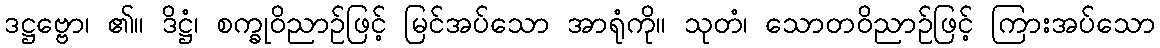
ဒဋ္ဌဗ္ဗော၊ ၏။ ဒိဋ္ဌံ၊ စက္ခုဝိညာဉ်ဖြင့် မြင်အပ်သော အာရုံကို။ သုတံ၊ သောတဝိညာဉ်ဖြင့် ကြားအပ်သော